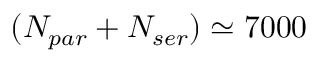
( N _ { p a r } + N _ { s e r } ) \simeq 7 0 0 0